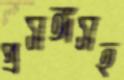
প্রসঙ্গসহ